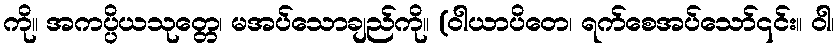
ကို။ အကပ္ပိယသုတ္တေ၊ မအပ်သောချည်ကို။ (ဝါယာပိတေ၊ ရက်စေအပ်သော်၎င်း။ ဝါ၊